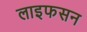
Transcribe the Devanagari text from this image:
लाइफसन